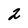
Character: 2